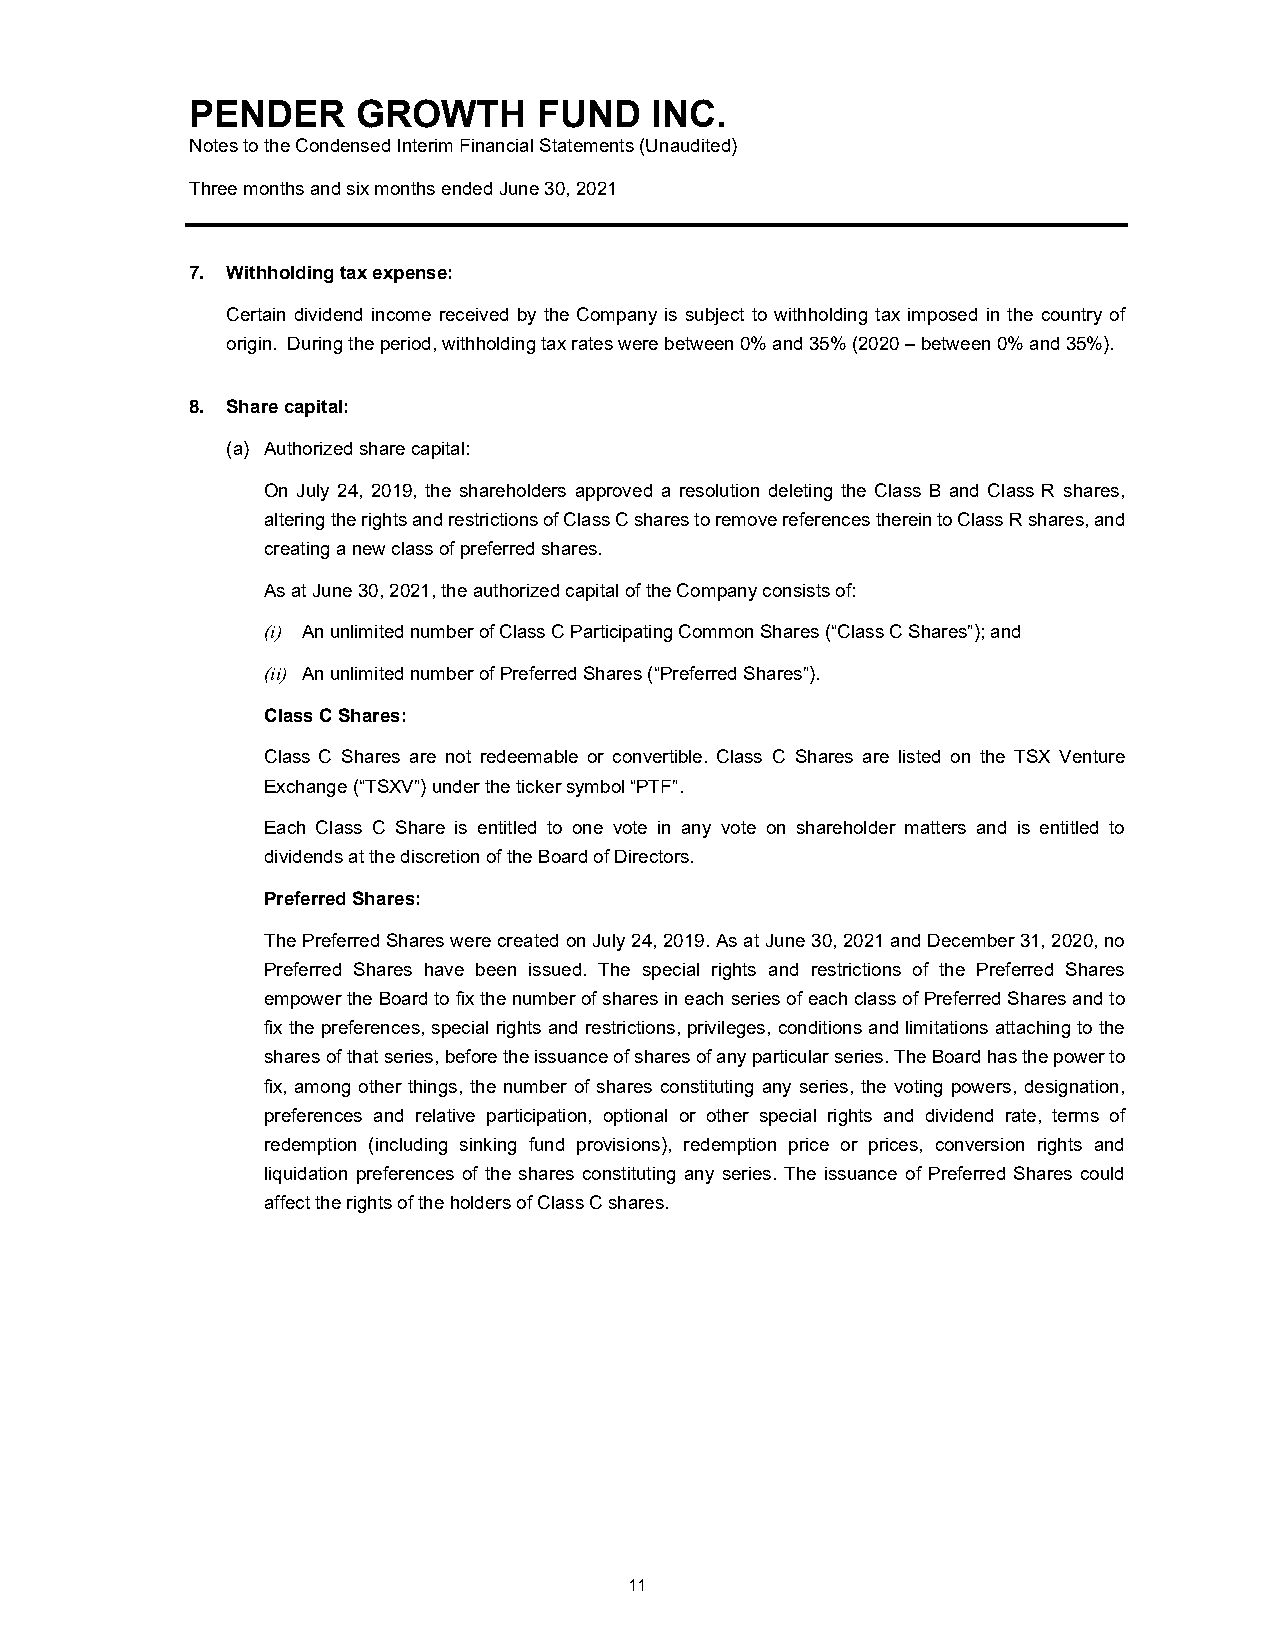
PENDER     GROWTH      FUND   INC.
 Notes to the Condensed Interim Financial Statements (Unaudited)
 Three months and six months ended June 30, 2021
 7. Withholding tax expense:
 Certain dividend income received by the Company is subject to withholding tax imposed in the country of
 origin. During the period, withholding tax rates were between 0% and 35% (2020 – between 0% and 35%).
 8. Share capital:
 (a) Authorized share capital:
 On July 24, 2019, the shareholders approved a resolution deleting the Class B and Class R shares,
 altering the rights and restrictions of Class C shares to remove references therein to Class R shares, and
 creating a new class of preferred shares.
 As at June 30, 2021, the authorized capital of the Company consists of:
 (i) An unlimited number of Class C Participating Common Shares (“Class C Shares”); and
 (ii) An unlimited number of Preferred Shares (“Preferred Shares”).
 Class C Shares:
 Class C Shares are not redeemable or convertible. Class C Shares are listed on the TSX Venture
 Exchange (“TSXV”) under the ticker symbol “PTF”.
 Each Class C Share is entitled to one vote in any vote on shareholder matters and is entitled to
 dividends at the discretion of the Board of Directors.
 Preferred Shares:
 The Preferred Shares were created on July 24, 2019. As at June 30, 2021 and December 31, 2020, no
 Preferred Shares have been issued. The special rights and restrictions of the Preferred Shares
 empower the Board to fix the number of shares in each series of each class of Preferred Shares and to
 fix the preferences, special rights and restrictions, privileges, conditions and limitations attaching to the
 shares of that series, before the issuance of shares of any particular series. The Board has the power to
 fix, among other things, the number of shares constituting any series, the voting powers, designation,
 preferences and relative participation, optional or other special rights and dividend rate, terms of
 redemption (including sinking fund provisions), redemption price or prices, conversion rights and
 liquidation preferences of the shares constituting any series. The issuance of Preferred Shares could
 affect the rights of the holders of Class C shares.
 11